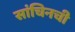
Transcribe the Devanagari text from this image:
सांचिनची